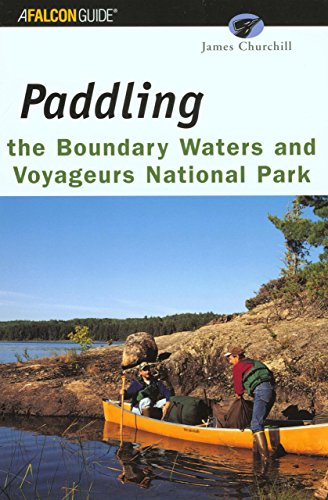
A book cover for Paddling the Boundary Waters and Voyageurs National Park (Regional Paddling Series); James Churchill; Travel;